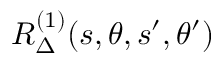
R _ { \Delta } ^ { ( 1 ) } ( s , \theta , s ^ { \prime } , \theta ^ { \prime } )